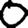
Digit: 0